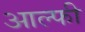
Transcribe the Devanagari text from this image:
आल्फी